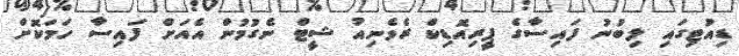
ޑިއުޓިގައި ލިބުނު ފައިސާގެ ޕީރިއޮޑިކް ރެވެނިއު ޝީޓް ނެގުމުން އެއަށް ފައިސާ ހަމަކޮށް